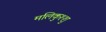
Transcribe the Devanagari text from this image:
मलिकुश्शु